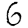
Digit: 6